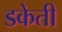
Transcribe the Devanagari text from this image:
डकेती